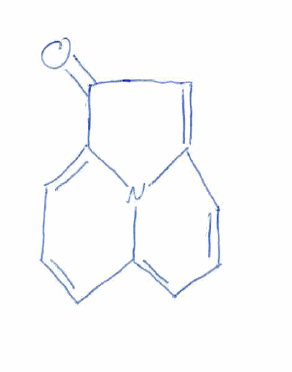
Simplified molecular-input line-entry system (SMILES) notation of the given molecule:
C1=CC2=CC=CC3=CC(=O)C(=C1)N23